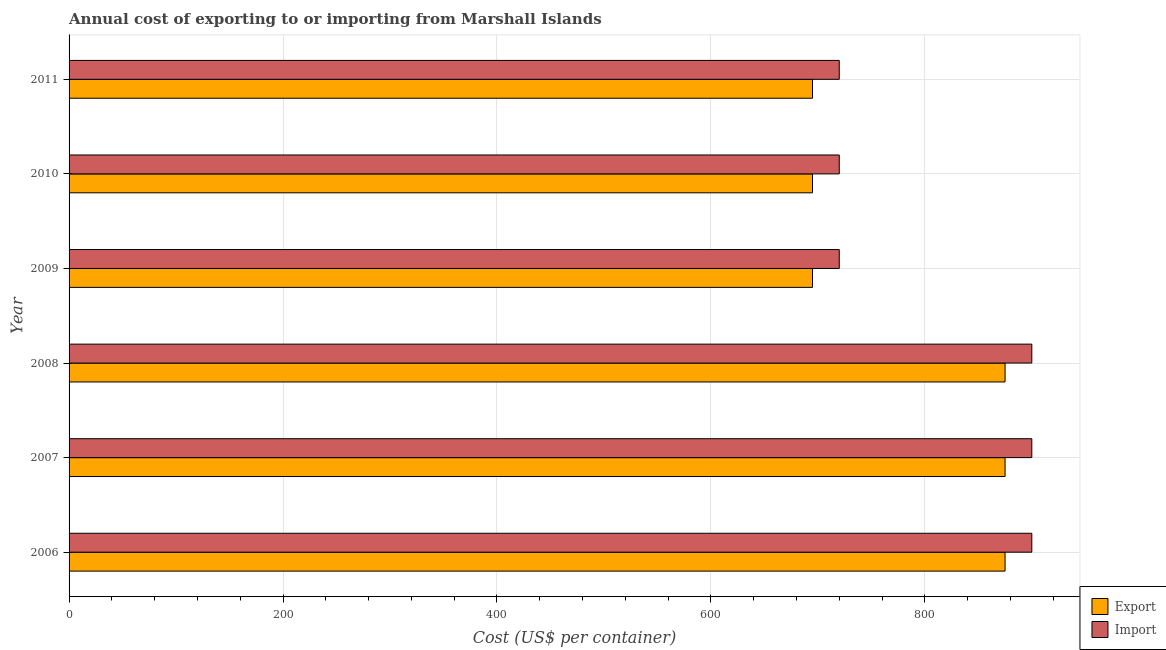
| Year | Export | Import |
 | --- | --- | --- |
 | 2006 | 875 | 900 |
 | 2007 | 875 | 900 |
 | 2008 | 875 | 900 |
 | 2009 | 695 | 720 |
 | 2010 | 695 | 720 |
 | 2011 | 695 | 720 |